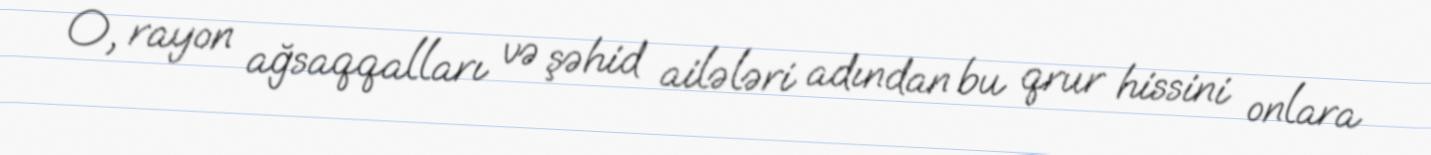
O, rayon ağsaqqalları və şəhid ailələri adından bu qrur hissini onlara